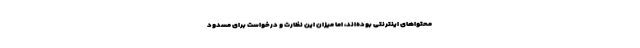
محتواهای اینترنتی بوده‌اند، اما میزان این نظارت و درخواست برای مسدود